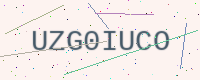
Text: UZG0IUCO